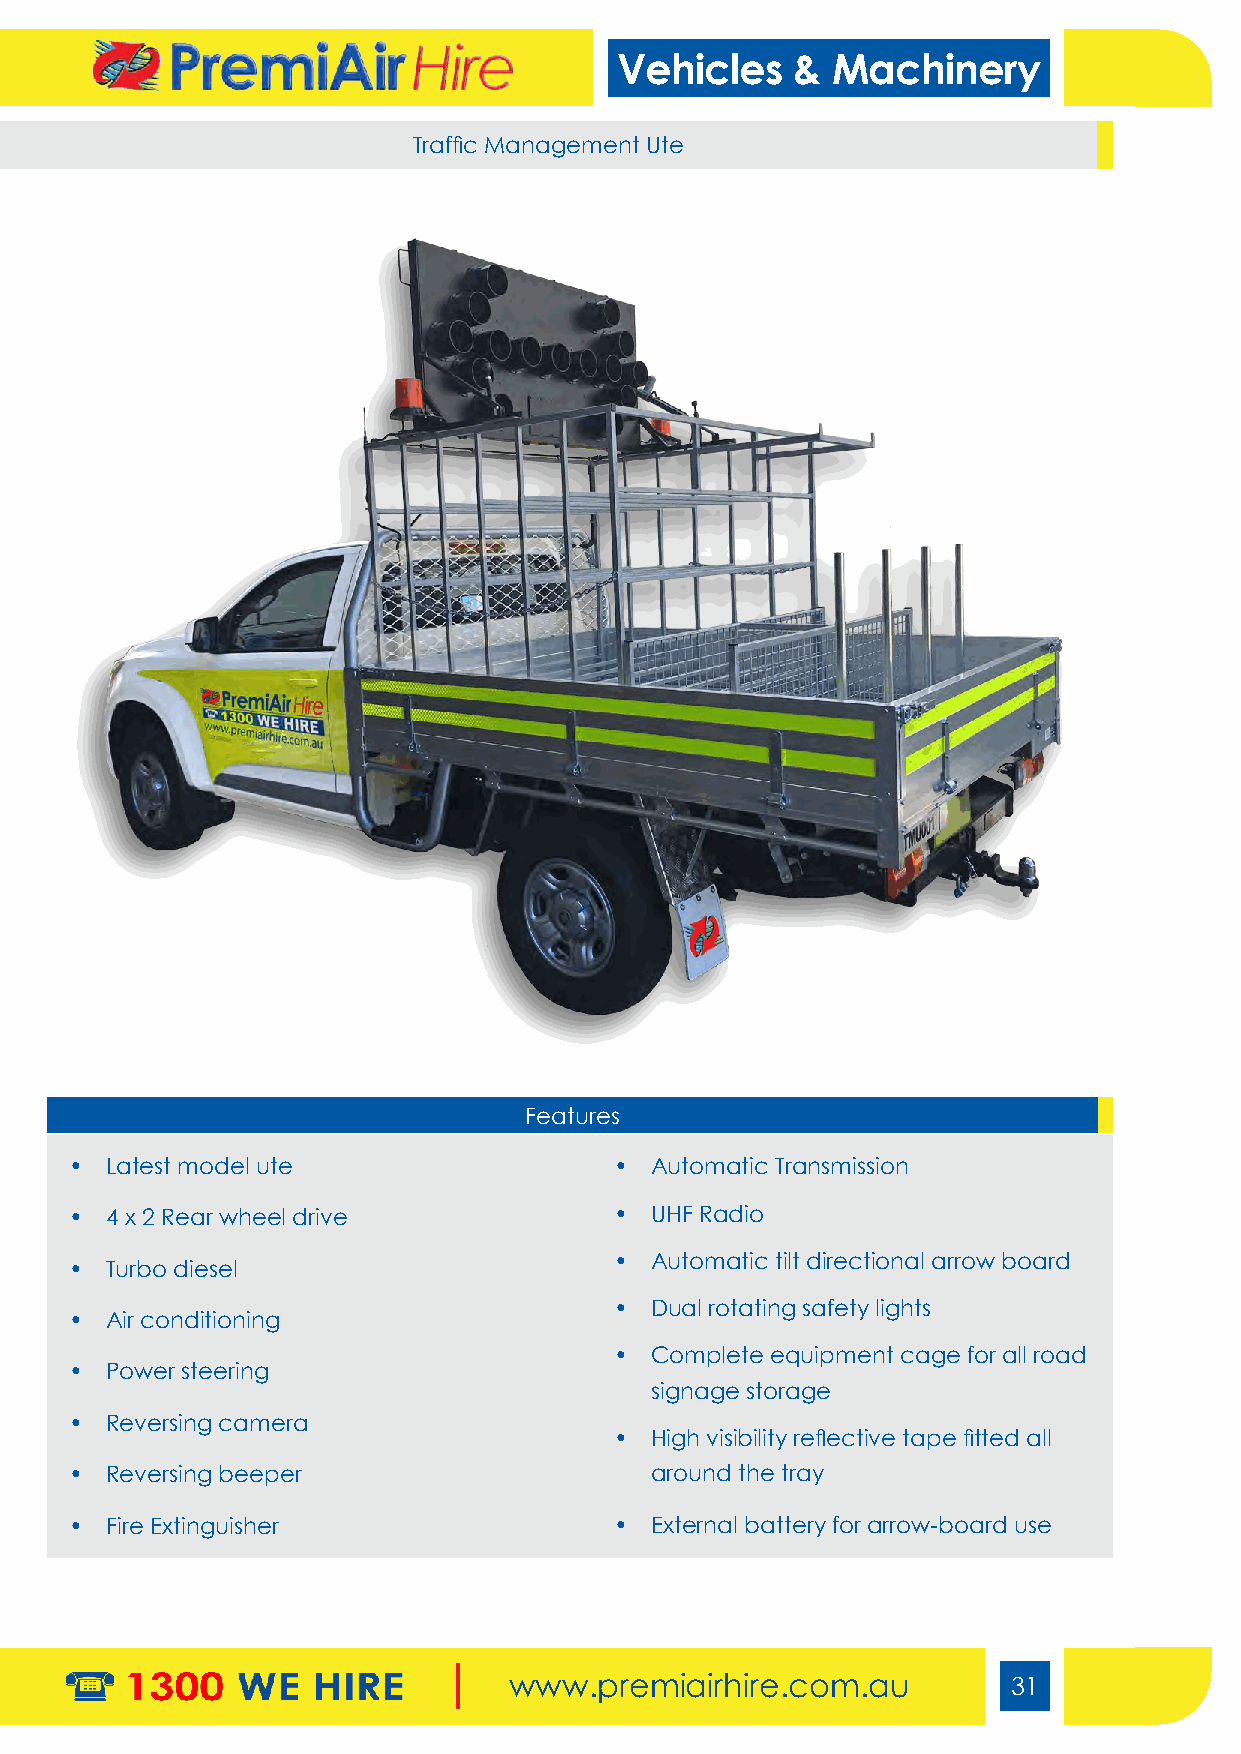
Vehicles    & Machinery
 Traffic Management Ute
 Features
 • Latest model ute                  • Automatic Transmission
 • 4 x 2 Rear wheel drive            • UHF Radio
 • Automatic tilt directional arrow board
 • Turbo diesel
 • Dual rotating safety lights
 • Air conditioning
 • Complete equipment cage for all road
 • Power steering
 signage storage
 • Reversing camera
 • High visibility reflective tape fitted all
 • Reversing beeper                    around the tray
 • Fire Extinguisher                 • External battery for arrow-board use
 www.premiairhire.com.au          31